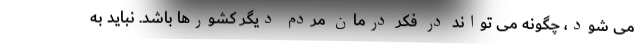
می شود، چگونه می تواند در فکر درمان مردم دیگر کشورها باشد. نباید به